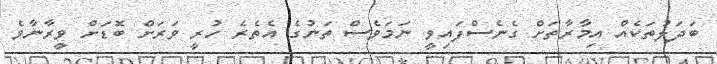
ބަދަލުތަކެއް އިމާރާތަށް ގެނެސްފައިވީ ނަމަވެސް ތަނުގެ އެތެރެ ހުރީ ވަރަށް ބޮޑަށް ވީރާނާވެ